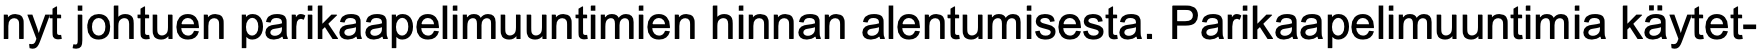
nyt johtuen parikaapelimuuntimien hinnan alentumisesta. Parikaapelimuuntimia käytet-